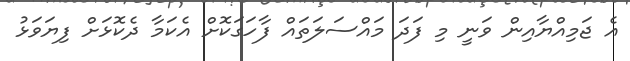
އެ ޖަމިއްޔާއިން ވަނީ މި ފަދަ މައްސަލަތައް ފާހަގަކޮށް އެކަމާ ދެކޮޅަށް ފިޔަވަޅު